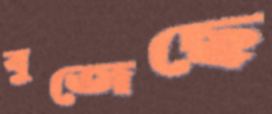
বুজেছে